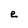
Character: e